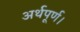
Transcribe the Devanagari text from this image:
अर्थपूर्ण।